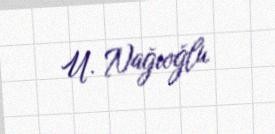
U. Nağıoğlu